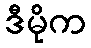
ဒီမိုက